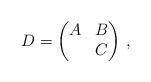
LaTeX: \begin{align*}D = \begin{pmatrix} A & B \\ \mbox{} & C \end{pmatrix} \, , \end{align*}